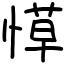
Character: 愺